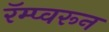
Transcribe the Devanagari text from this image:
रॅम्प्वरून